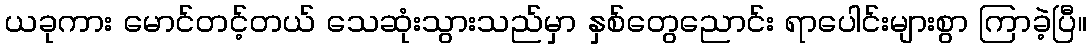
ယခုကား မောင်တင့်တယ် သေဆုံးသွားသည်မှာ နှစ်တွေညောင်း ရာပေါင်းများစွာ ကြာခဲ့ပြီ။